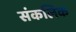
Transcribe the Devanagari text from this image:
संकलिक